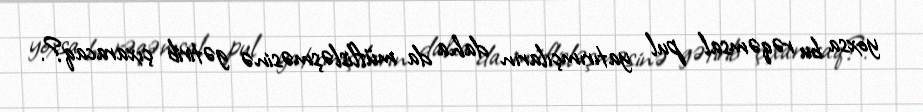
yoxsa bu rəqəmsal pul yatırımçıların daha da müflisləşməsinə gətirib çıxaracaq?.